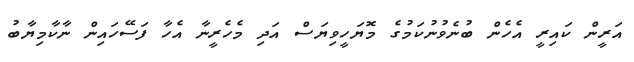
އަރީން ކައިރީ އެހެން ބުނެވުނުކަމުގެ މޮޔަހީވިޔަސް އަދި މެހެރީނާ އެހާ ފަސޭހައިން ނާކާމިޔާބު